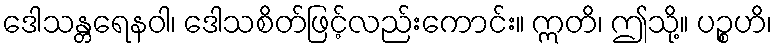
ဒေါသန္တရေနဝါ၊ ဒေါသစိတ်ဖြင့်လည်းကောင်း။ ဣတိ၊ ဤသို့။ ပဉ္စဟိ၊